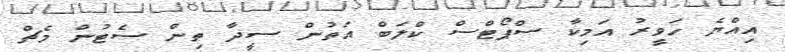
އިއްޔެ ހަވީރު އަމިކާ ސްޕޯޓްސް ކްލަބް އަތުން ސީދާ ތިން ސެޓުން މެޗް